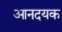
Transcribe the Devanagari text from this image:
आनदयक